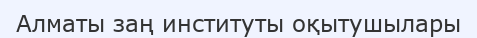
Алматы заң институты оқытушылары